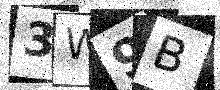
Text: 3W9B